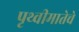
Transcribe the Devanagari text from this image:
पृथ्वीमातेचे